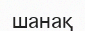
шанақ